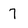
Character: 7